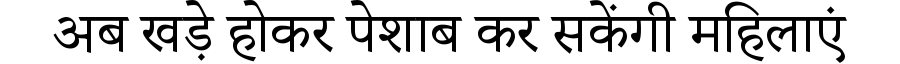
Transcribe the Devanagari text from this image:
अब खड़े होकर पेशाब कर सकेंगी महिलाएं